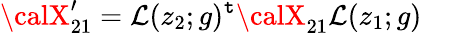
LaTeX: {\calX}_{21}^{\prime}=\mathcal{L}(z_{2};g)^{\mathtt{t}}{\calX}_{21}\mathcal{L}(z_{1};g)~~~~~